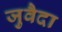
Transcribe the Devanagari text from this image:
जुवैदा